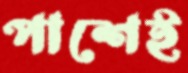
পাশেই